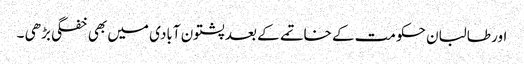
اور طالبان حکومت کے خاتمے کے بعد پشتون آبادی میں بھی خفگی بڑھی ۔